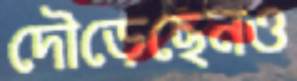
দৌড়েছেনও